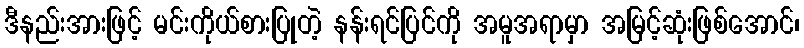
ဒီနည်းအားဖြင့် မင်းကိုယ်စားပြုတဲ့ နန်းရင်ပြင်ကို အမူအရာမှာ အမြင့်ဆုံးဖြစ်အောင်၊